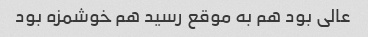
عالی بود هم به موقع رسید هم خوشمزه بود